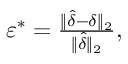
\begin{array} { r } { \varepsilon ^ { * } = \frac { \Vert \hat { \delta } - \delta \Vert _ { 2 } } { \Vert \hat { \delta } \Vert _ { 2 } } , } \end{array}